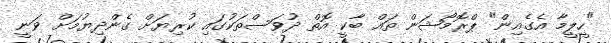
"ހީލީމާ އެގެއިން" ޕްރޮމޯޝަން ތައް ބާކީ އޮތް ދުވަސްތަކުގައި ކުރިޔަށް ގެންދިޔުމަށް ވަނީ